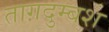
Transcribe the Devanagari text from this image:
ताग़दुम्बश